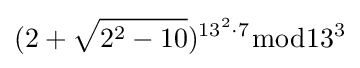
(2+{\sqrt {2^{2}-10}})^{13^{2}\cdot 7}{\bmod {13^{3}}}